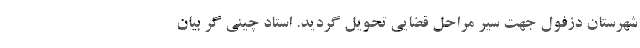
شهرستان دزفول جهت سیر مراحل قضایی تحویل گردید. استاد چینی گر بیان